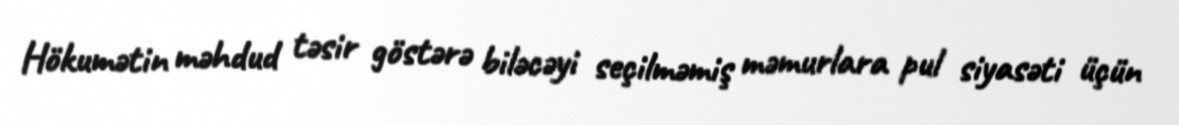
Hökumətin məhdud təsir göstərə biləcəyi seçilməmiş məmurlara pul siyasəti üçün